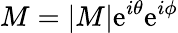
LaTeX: M=|M|\mathrm{e}^{i\theta}\mathrm{e}^{i\phi}